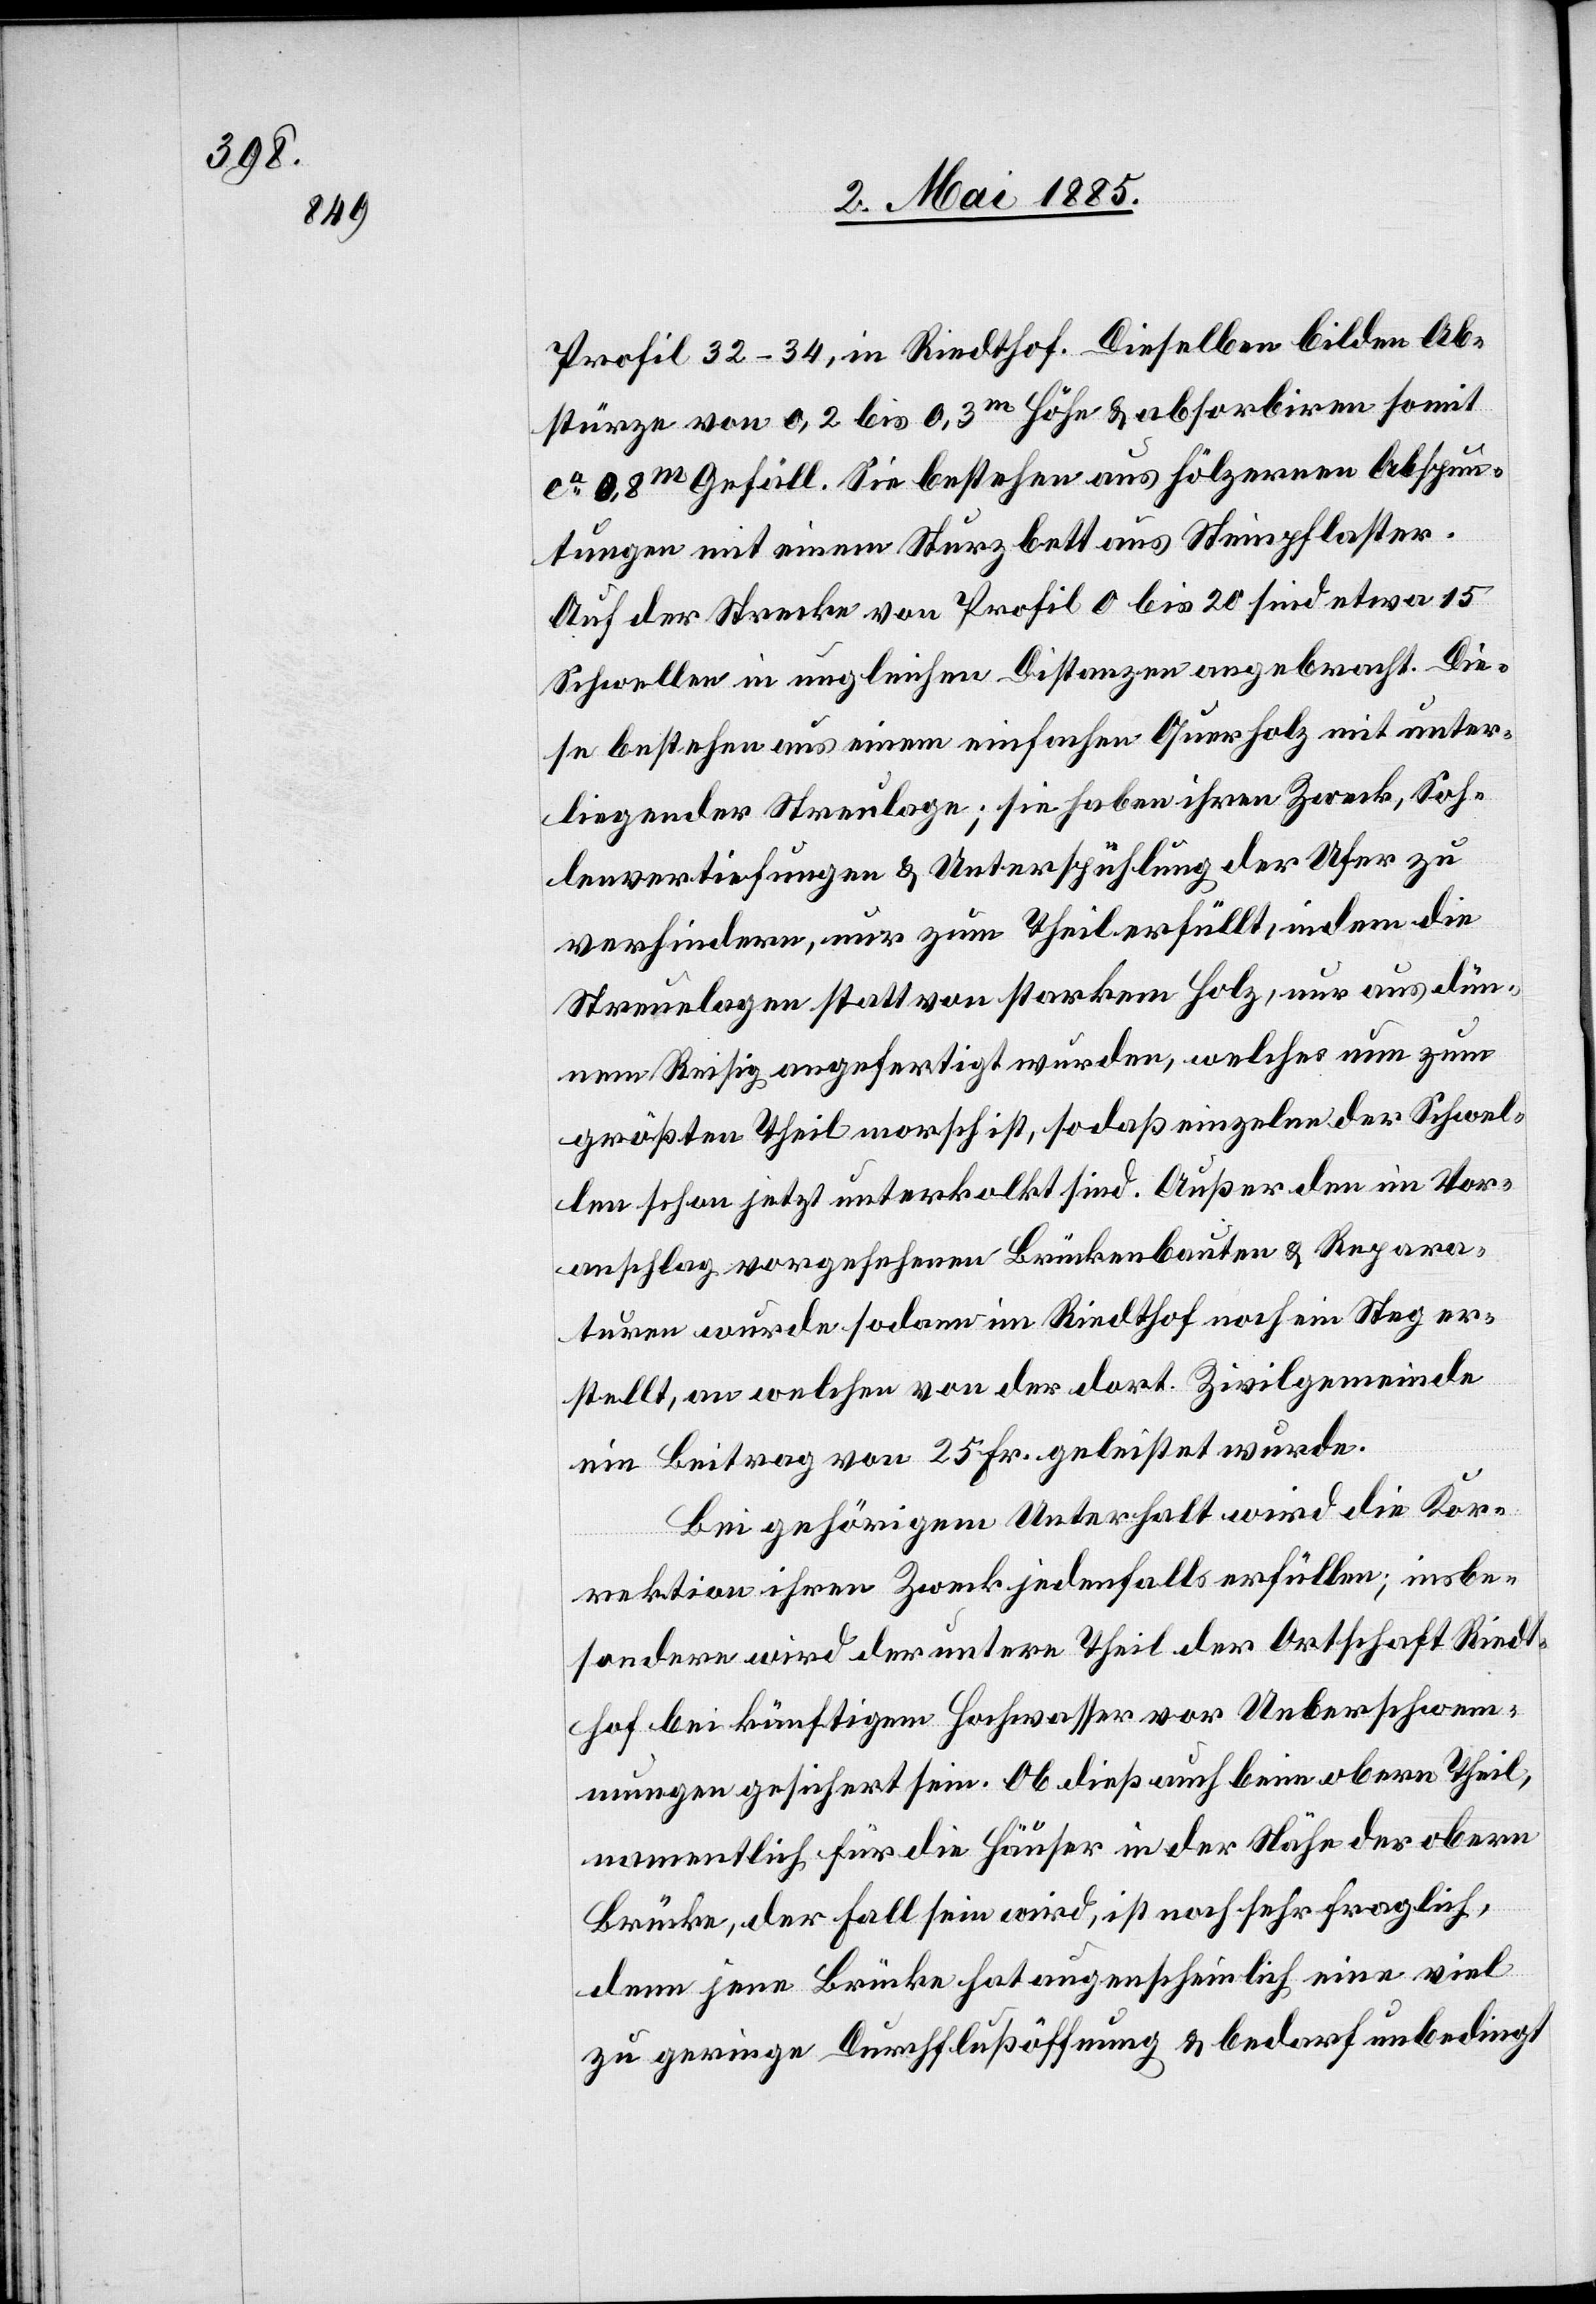
Profil 32–34, in Riedthof. Dieselben bilden Ab¬
stürze von 0,2 bis 0,3 m Höhe & absorbiren somit
ca 0,8 m Gefäll. Sie bestehen aus hölzernen Absp[?u¬
n]tungen mit einem Sturzbett aus Steinpflaster.
Auf der Strecke von Profil 0 bis 20 sind etwa 15
Schwellen in ungleichen Distanzen angebracht. Die¬
se bestehen aus einem einfachen Querholz mit unter¬
liegender Streulage; sie haben ihren Zweck, Soh¬
lenvertiefungen & Unterspülung der Ufer zu
verhindern, nur zum Theil erfüllt, indem die
Streulagen statt von starkem Holz, nur aus dün¬
nem Reisig angefertigt wurden, welches nun zum
größten Theil morsch ist, so daß einzelne der Schwel¬
len schon jetzt unterkolkt sind. Außer den im Vor¬
anschlag vorgesehenen Brückenbauten & Repara¬
turen wurde sodann im Riedthof noch ein Steg er¬
stellt, an welchen von der dort. Zivilgemeinde
ein Beitrag von 25 Fr. geleistet wurde.
Bei gehörigem Unterhalt wird die Kor¬
rektion ihren Zweck jedenfalls erfüllen; insbe¬
sondere wird der untere Theil der Ortschaft Riedt¬
hof bei künftigem Hochwasser vor Ueberschwem¬
mungen gesichert sein. Ob dieß auch beim obern Theil,
namentlich für die Häuser in der Nähe der obern
Brücke, der Fall sein wird, ist noch sehr fraglich,
denn jene Brücke hat augenscheinlich eine viel
zu geringe Durchflußöffnung & bedarf unbedingt